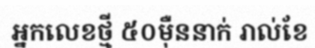
អ្នកលេខថ្មី ៥០ម៉ឺននាក់ រាល់ខែ